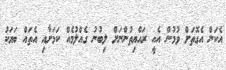
އެކަން އެގޮތަށް ވުމުން އެއީ ރައްޔިތުންނަށް ލިބުނު ގެއްލުމެއް ކަމަށާއި އެތައް ބަޔަކު